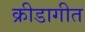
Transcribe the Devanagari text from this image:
क्रीडागीत